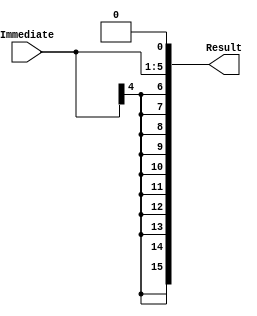
`timescale 1ns / 1ps
//////////////////////////////////////////////////////////////////////////////////
// Company: 
// Engineer: 
// 
// Design Name: 
// Module Name:    ShiftLeft1 
// Project Name: 
// Target Devices: 
// Tool versions: 
// Description: 
//
// Dependencies: 
//
// Revision: 
// Revision 0.01 - File Created
// Additional Comments: 
//
//////////////////////////////////////////////////////////////////////////////////
module ShiftLeft1(
    input [4:0] Immediate,
    output reg [15:0] Result
);


always @(*) begin
    Result = { { 11{Immediate[4]} }, Immediate } << 1;
end

endmodule